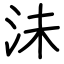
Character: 沬